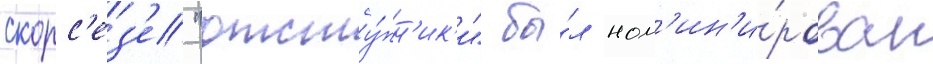
скорс'ез'е "отсту́пн'ик'и" бы́л ном'ин'и́рован